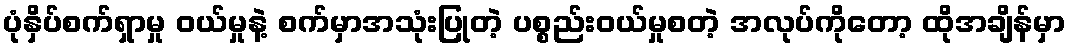
ပုံနှိပ်စက်ရှာမှု ဝယ်မှုနဲ့ စက်မှာအသုံးပြုတဲ့ ပစ္စည်းဝယ်မှုစတဲ့ အလုပ်ကိုတော့ ထိုအချိန်မှာ